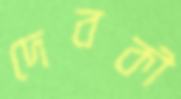
দেবকী